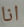
انا